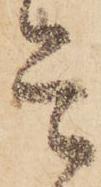
是